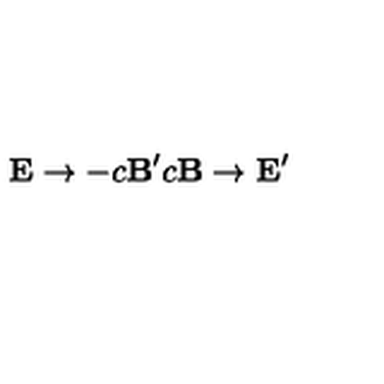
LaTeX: { \bf E } \rightarrow - c { { \bf B } ^ { \prime } } c { \bf B } \rightarrow { { \bf E } ^ { \prime } }